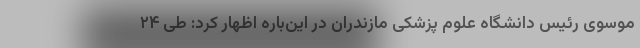
موسوی رئیس دانشگاه علوم پزشکی مازندران در این‌باره اظهار کرد: طی ۲۴